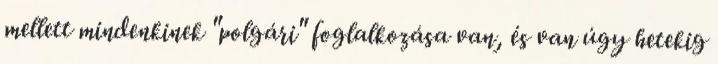
mellett mindenkinek "polgári" foglalkozása van, és van úgy hetekig